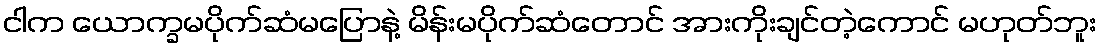
ငါက ယောက္ခမပိုက်ဆံမပြောနဲ့ မိန်းမပိုက်ဆံတောင် အားကိုးချင်တဲ့ကောင် မဟုတ်ဘူး